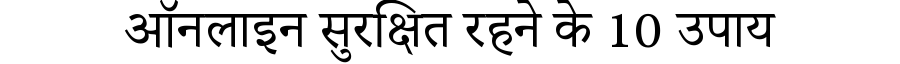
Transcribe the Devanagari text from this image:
ऑनलाइन सुरक्षित रहने के 10 उपाय